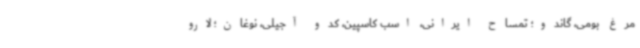
مرغ بومی، گاندو؛ تمساح ایرانی، اسب کاسپین، کدو آجیلی، نوغان؛ لارو